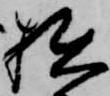
拙